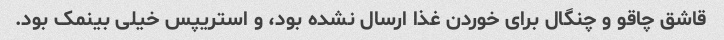
قاشق چاقو و چنگال برای خوردن غذا ارسال نشده بود، و استریپس خیلی بینمک بود.